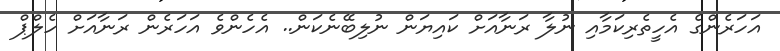
އަހަރެންގެ އެހީތެރިކަމާއި ނުލާ ރަނާއަށް ކައިޔަން ނުލިބޭނެކަން.. އެހެންވެ އަހަރެން ރަނާއަށް ހެލްޕް